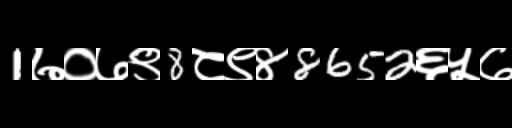
Text: 1७०७९8८९४8652६५७